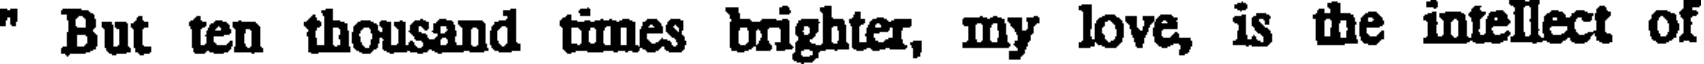
" But ten thousand times brighter, my love, is the intellect of